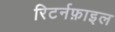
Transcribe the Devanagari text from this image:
रिटर्नफ़ाइल